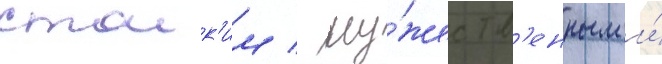
стоик'им / му́жеств'енным и́